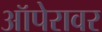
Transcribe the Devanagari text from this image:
ऑपेरावर